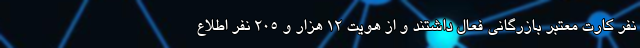
نفر کارت معتبر بازرگانی فعال داشتند و از هویت 12 هزار و 205 نفر اطلاع